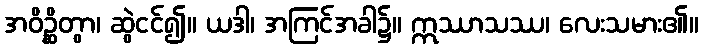
အဝိဉ္ဆိတွာ၊ ဆွဲငင်၍။ ယဒါ၊ အကြင်အခါ၌။ ဣဿာသဿ၊ လေးသမား၏။